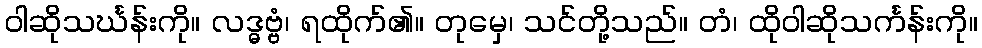
ဝါဆိုသင်္ဃန်းကို။ လဒ္ဓဗ္ဗံ၊ ရထိုက်၏။ တုမှေ၊ သင်တို့သည်။ တံ၊ ထိုဝါဆိုသင်္ကန်းကို။